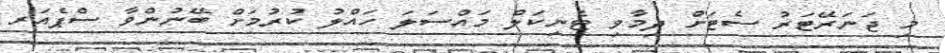
މި ޖަނަރޭޓަރު ސެޓަށް ދިމާވި ޓެނިކަލް މައްސަލަ ހައްލު ކުރުމަށް ބޭނުންވާ ސްޕެއަރ